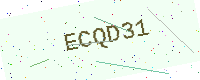
Text: ECQD31